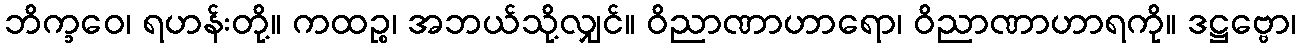
ဘိက္ခဝေ၊ ရဟန်းတို့။ ကထဉ္စ၊ အဘယ်သို့လျှင်။ ဝိညာဏာဟာရော၊ ဝိညာဏာဟာရကို။ ဒဋ္ဌဗ္ဗော၊